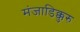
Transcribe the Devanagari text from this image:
मंजाडिक्कुरु